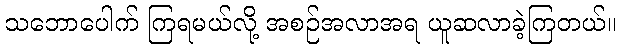
သဘောပေါက် ကြရမယ်လို့ အစဉ်အလာအရ ယူဆလာခဲ့ကြတယ်။